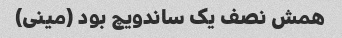
همش نصف یک ساندویچ بود (مینی)